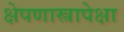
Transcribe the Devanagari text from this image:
क्षेपणास्त्रापेक्षा